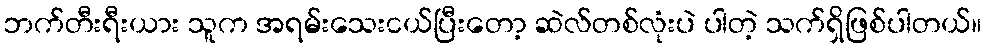
ဘက်တီးရီးယား သူက အရမ်းသေးငယ်ပြီးတော့ ဆဲလ်တစ်လုံးပဲ ပါတဲ့ သက်ရှိဖြစ်ပါတယ်။